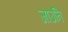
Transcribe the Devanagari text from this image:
जाउनि